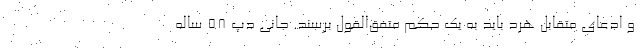
و ادعای متقابل هرد باید به یک حکم متفق‌القول برسند. جانی دپ ۵۸ ساله